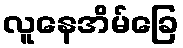
လူနေအိမ်ခြေ